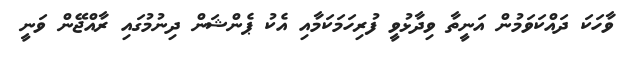
ވާހަކަ ދައްކަވަމުން އަނީތާ ވިދާޅުވީ ފުރިހަމަކަމާއި އެކު ޕެންޝަން ދިނުމުގައި ރާއްޖޭން ވަނީ